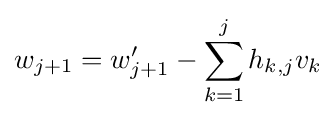
w_{j+1}=w_{j+1}'-\sum _{k=1}^{j}h_{k,j}v_{k}